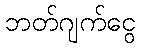
ဘတ်ဂျက်ငွေ